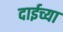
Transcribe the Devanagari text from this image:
दाईच्या